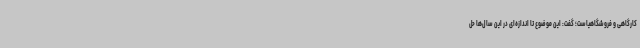
کارگاهی و فروشگاهیاست؛ گفت: این موضوع تا اندازه‌ای در این سال‌ها حل